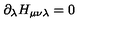
\partial _ { \lambda } H _ { \mu \nu \lambda } = 0